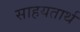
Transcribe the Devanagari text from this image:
साहयतार्थ